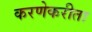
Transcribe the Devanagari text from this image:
करणेकरीता